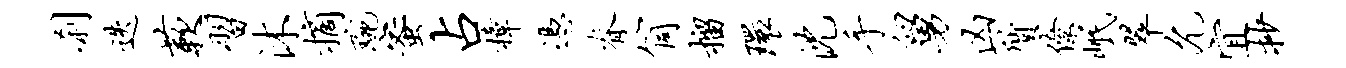
刹迭蔌习沐摘琬蜜占樟凭脊筒榴环沈手舅凶质僚岷翠允宜抄